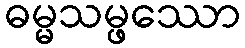
ဓမ္မသမ္ဖဿော